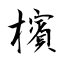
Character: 檳